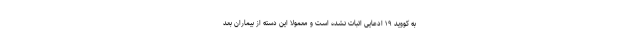
به کووید ۱۹ ادعایی اثبات نشده است و معمولا این دسته از بیماران بعد